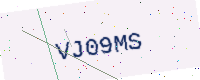
Text: VJ09MS